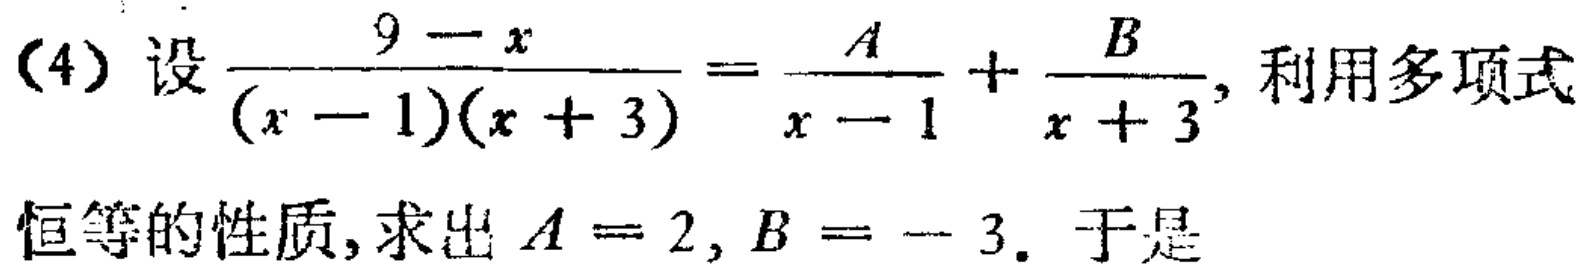
(4) 设$\frac{9 - x}{(x - 1)(x + 3)}=\frac{A}{x - 1}+\frac{B}{x + 3}$, 利用多项式恒等的性质, 求出$A = 2, B = - 3$. 于是